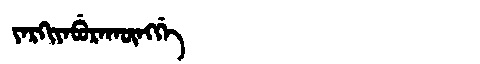
Manchu: ᠶᠠᡵᡴᡳᠶᠠᠪᡠᡵᠠᡴᡡᠩᡤᡝ
Romanization: YARKIYABURAKŪNGGE